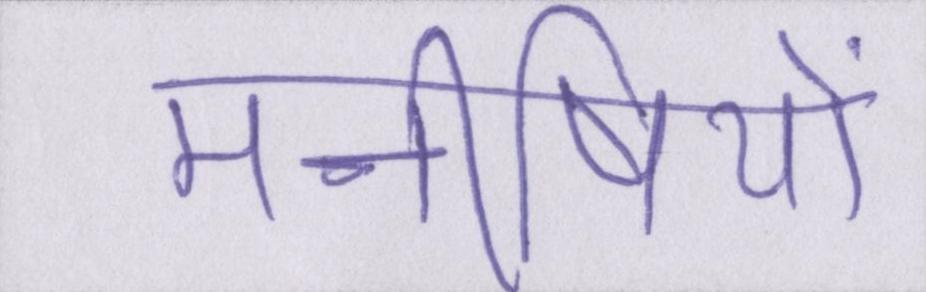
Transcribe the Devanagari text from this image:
मनीषियों